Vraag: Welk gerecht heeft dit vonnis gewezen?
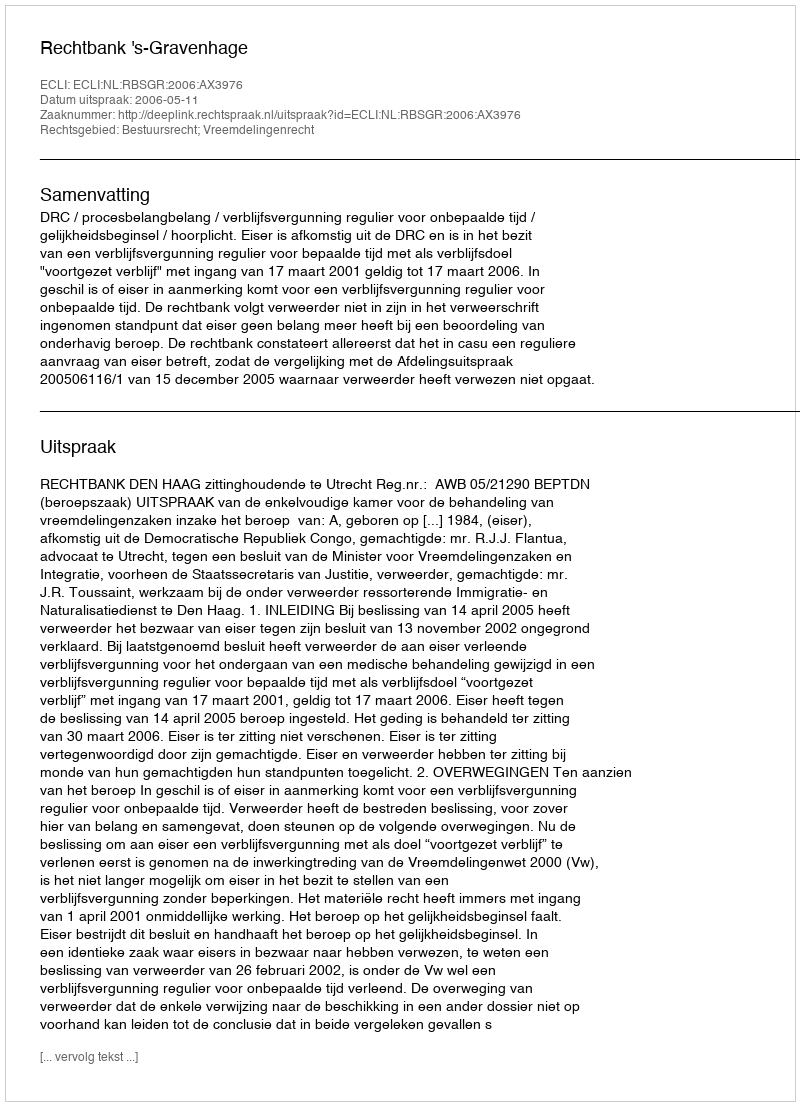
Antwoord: Rechtbank 's-Gravenhage